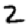
Digit: 2